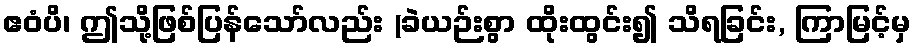
ဧဝံပိ၊ ဤသို့ဖြစ်ပြန်သော်လည်း (ခဲယဉ်းစွာ ထိုးထွင်း၍ သိရခြင်း, ကြာမြင့်မှ